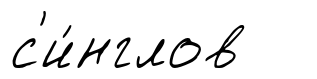
с'и́нглов